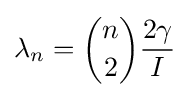
\lambda _{n}={n \choose 2}{\frac {2\gamma }{I}}